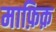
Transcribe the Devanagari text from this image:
माफ़िक़